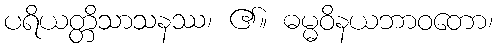
ပရိယတ္တိသာသနဿ၊ ၏။ ဓမ္မဝိနယဘာဝတော၊